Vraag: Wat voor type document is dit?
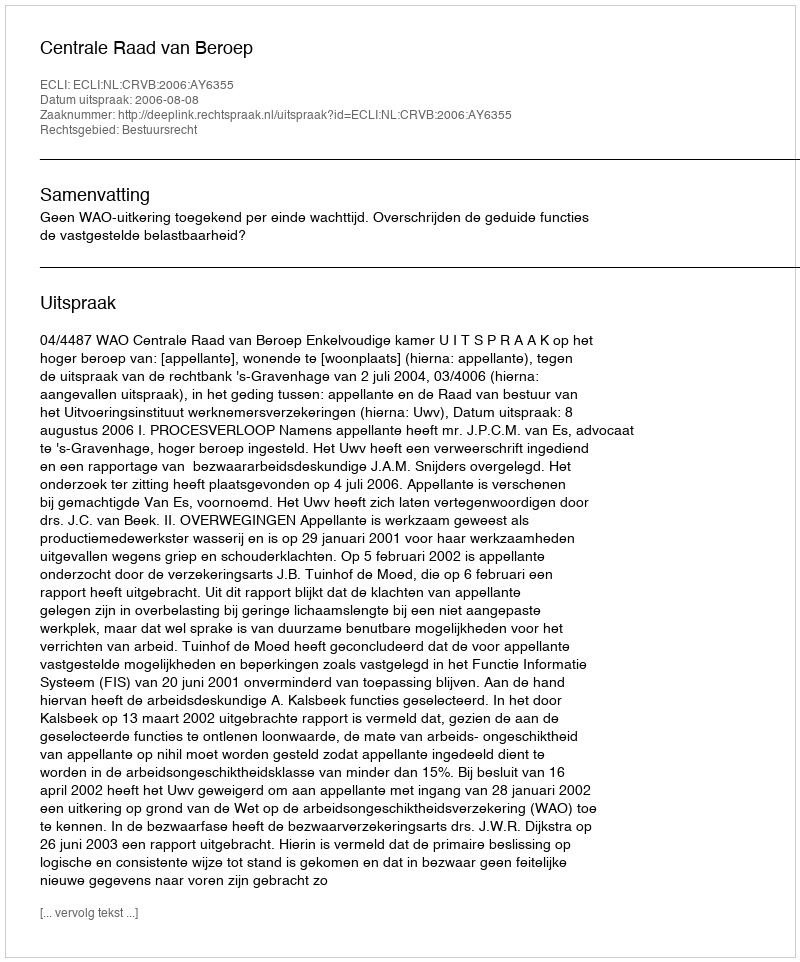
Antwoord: Uitspraak